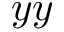
y y